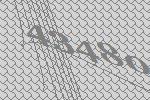
43480